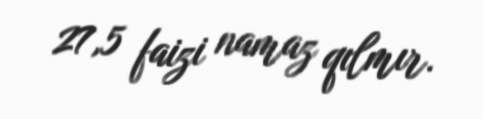
27,5 faizi namaz qılmır.